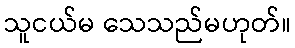
သူငယ်မ သေသည်မဟုတ်။